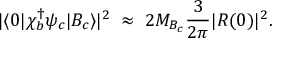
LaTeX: | \langle 0 | \chi _ { b } ^ { \dagger } \psi _ { c } | B _ { c } \rangle | ^ { 2 } \; \approx \; 2 M _ { B _ { c } } { \frac { 3 } { 2 \pi } } | R ( 0 ) | ^ { 2 } .